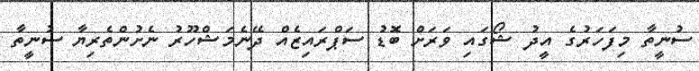
ސުނީތާ މިފަހަރުގެ އީދު ޝޯގައި ވަރަށް ބޮޑު ސަޕްރައިޒެއް ދޭނެމަޝްހޫރު ނެށުންތެރިޔާ ސުނީތާ